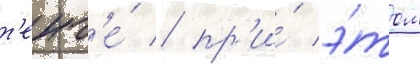
т'енг'е́ / пр'и́ э́том